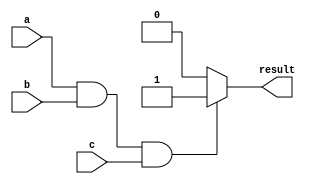
module conditional_statement (
    input a,
    input b,
    input c,
    output reg result
);

always @(*)
begin
    if(a && b && c) // Logical AND condition
        result = 1;
    else
        result = 0;
end

endmodule